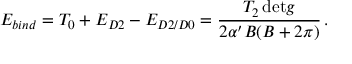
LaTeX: E _ { b i n d } = T _ { 0 } + E _ { D 2 } - E _ { D 2 / D 0 } = \frac { T _ { 2 } \, \mathrm { d e t } g } { 2 \alpha ^ { \prime } B ( B + 2 \pi ) } \, .